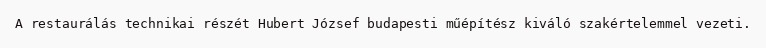
A restaurálás technikai részét Hubert József budapesti műépítész kiváló szakértelemmel vezeti.